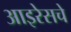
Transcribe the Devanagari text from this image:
आइरेसचे